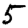
Digit: 5